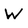
Character: W